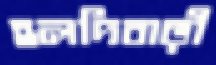
হলদিবাড়ী